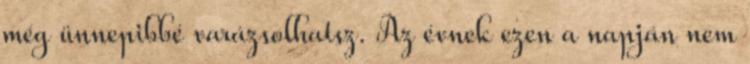
még ünnepibbé varázsolhatsz. Az évnek ezen a napján nem